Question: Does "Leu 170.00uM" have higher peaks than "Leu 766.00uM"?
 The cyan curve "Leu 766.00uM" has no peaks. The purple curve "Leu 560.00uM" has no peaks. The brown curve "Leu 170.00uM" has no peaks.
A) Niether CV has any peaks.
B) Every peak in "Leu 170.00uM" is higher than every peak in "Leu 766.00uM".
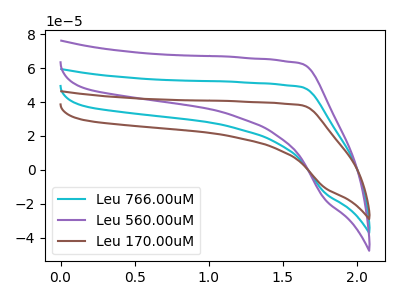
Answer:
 <answer>A) Niether CV has any peaks.</answer>
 <eval>A</eval>